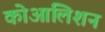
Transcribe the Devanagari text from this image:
कोआलिशन